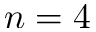
n = 4